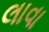
લાવા